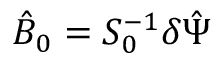
\hat { B } _ { 0 } = S _ { 0 } ^ { - 1 } \delta \hat { \Psi }